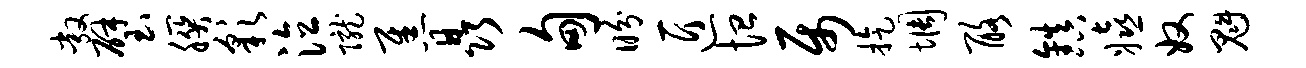
敞璧朕彩泣陇焦晶甸盼匠恤属旋惆酪镇嬉奴魁